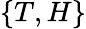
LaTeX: \{ T,H\}